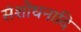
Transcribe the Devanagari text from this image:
संशोधनादि